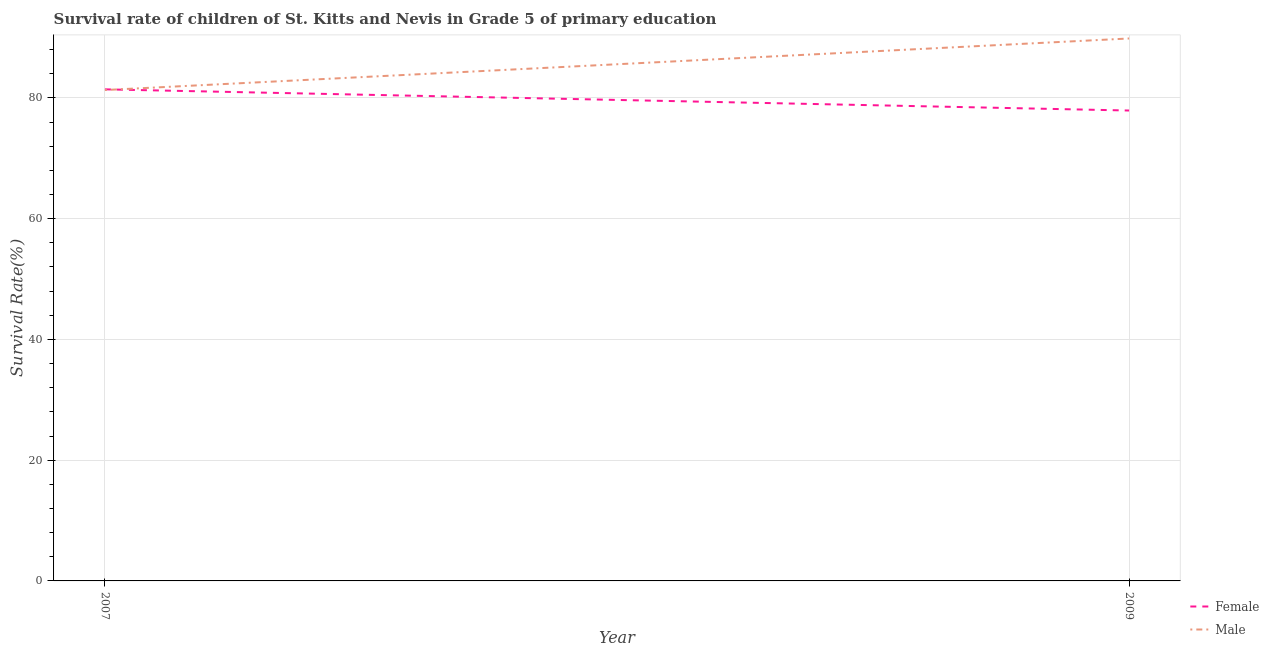
| Year | Female | Male |
 | --- | --- | --- |
 | 2007 | 81.4 | 81.3 |
 | 2009 | 77.9 | 89.8 |